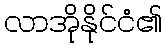
လာအိုနိုင်ငံ၏